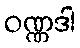
ဝဏ္ဏဒါ